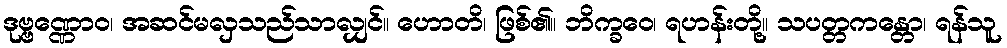
ဒုဗ္ဗဏ္ဏောဝ၊ အဆင်မလှသည်သာလျှင်။ ဟောတိ၊ ဖြစ်၏။ ဘိက္ခဝေ၊ ရဟန်းတို့။ သပတ္တကန္တော၊ ရန်သူ